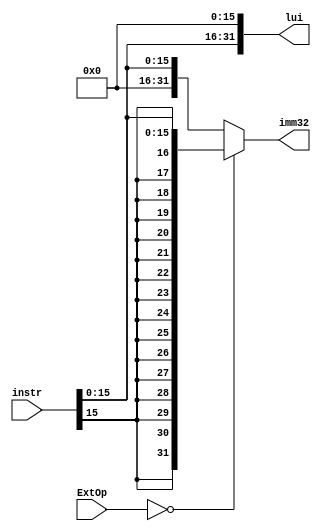
`timescale 1ns / 1ps
//////////////////////////////////////////////////////////////////////////////////
// Company: 
// Engineer: 
// 
// Design Name: 
// Module Name:    Ext 
// Project Name: 
// Target Devices: 
// Tool versions: 
// Description: 
//
// Dependencies: 
//
// Revision: 
// Revision 0.01 - File Created
// Additional Comments: 
//
//////////////////////////////////////////////////////////////////////////////////
module Ext(
	input [31:0] instr,
	input [2:0] ExtOp,
	output reg [31:0] lui,
	output reg [31:0] imm32
    );
	always@(*)begin
		lui={instr[15:0],16'b0};
		imm32=(ExtOp==0)?{{16{instr[15]}},instr[15:0]}:
								{16'b0,instr[15:0]};
	end

endmodule